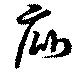
庇